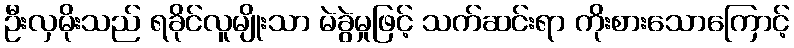
ဦးလှမိုးသည် ရခိုင်လူမျိုးသာ မဲခွဲမှုဖြင့် သက်ဆင်းရာ ကိုးစားသောကြောင့်